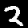
Digit: 2